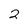
Character: 2